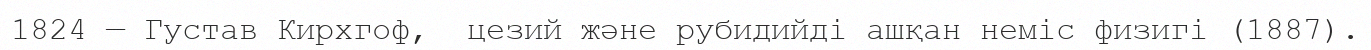
1824 — Густав Кирхгоф,  цезий және рубидийді ашқан неміс физигі (1887).